Calcutta medical institutions reports 1871-78
Year: 1871
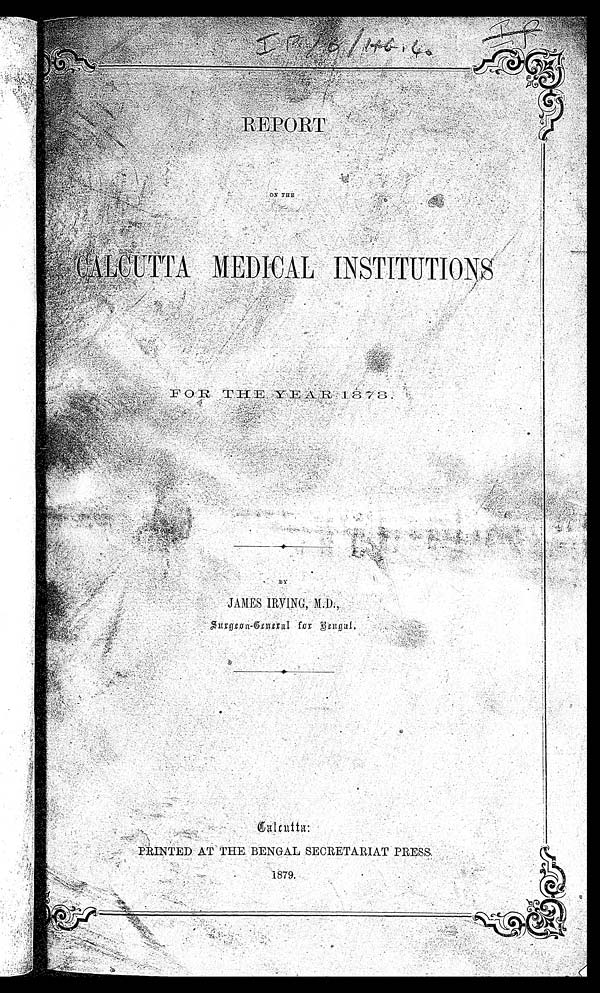
R E P O R T
ON THE
C A L C U T T A M E D I C A L I N S T I T U T I O N S
F O R T H E Y E A R 1 8 7 8
B Y
J A M E S I R V I N G , M . D . ,
S u r g e o n - G e n e r a l F o r B e n g a l .C
A L C U T T A :
P R I N T E D A T T H E B E N G A L S E C R E T A R I A T P R E S S
1 8 7 9 .